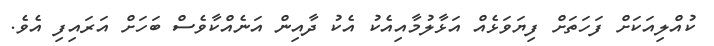
ކުއްލިއަކަށް ފަހަތަށް ފިޔަވަޅެއް އަޅާލުމާއިއެކު އެކު ދާއިން އަނެއްކާވެސް ބަހަށް އަރައިފި އެވެ.